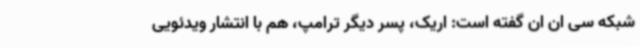
شبکه سی ان ان گفته است: اریک، پسر دیگر ترامپ، هم با انتشار ویدئویی